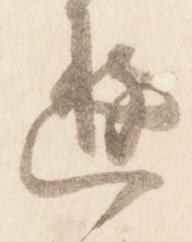
遊